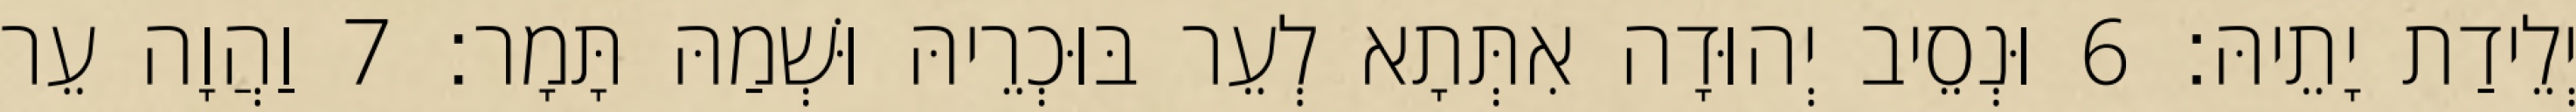
יְלֵידַת יָתֵיהּ׃ 6 וּנְסֵיב יְהוּדָה אִתְּתָא לְעֵר בּוּכְרֵיהּ וּשְׁמַהּ תָּמָר׃ 7 וַהֲוָה עֵר